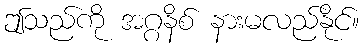
ဤသည်ကို အဂ္ဂနိစ် နားမလည်နိုင်။